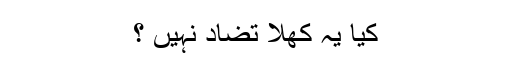
کیا یہ کھلا تضاد نہیں ؟